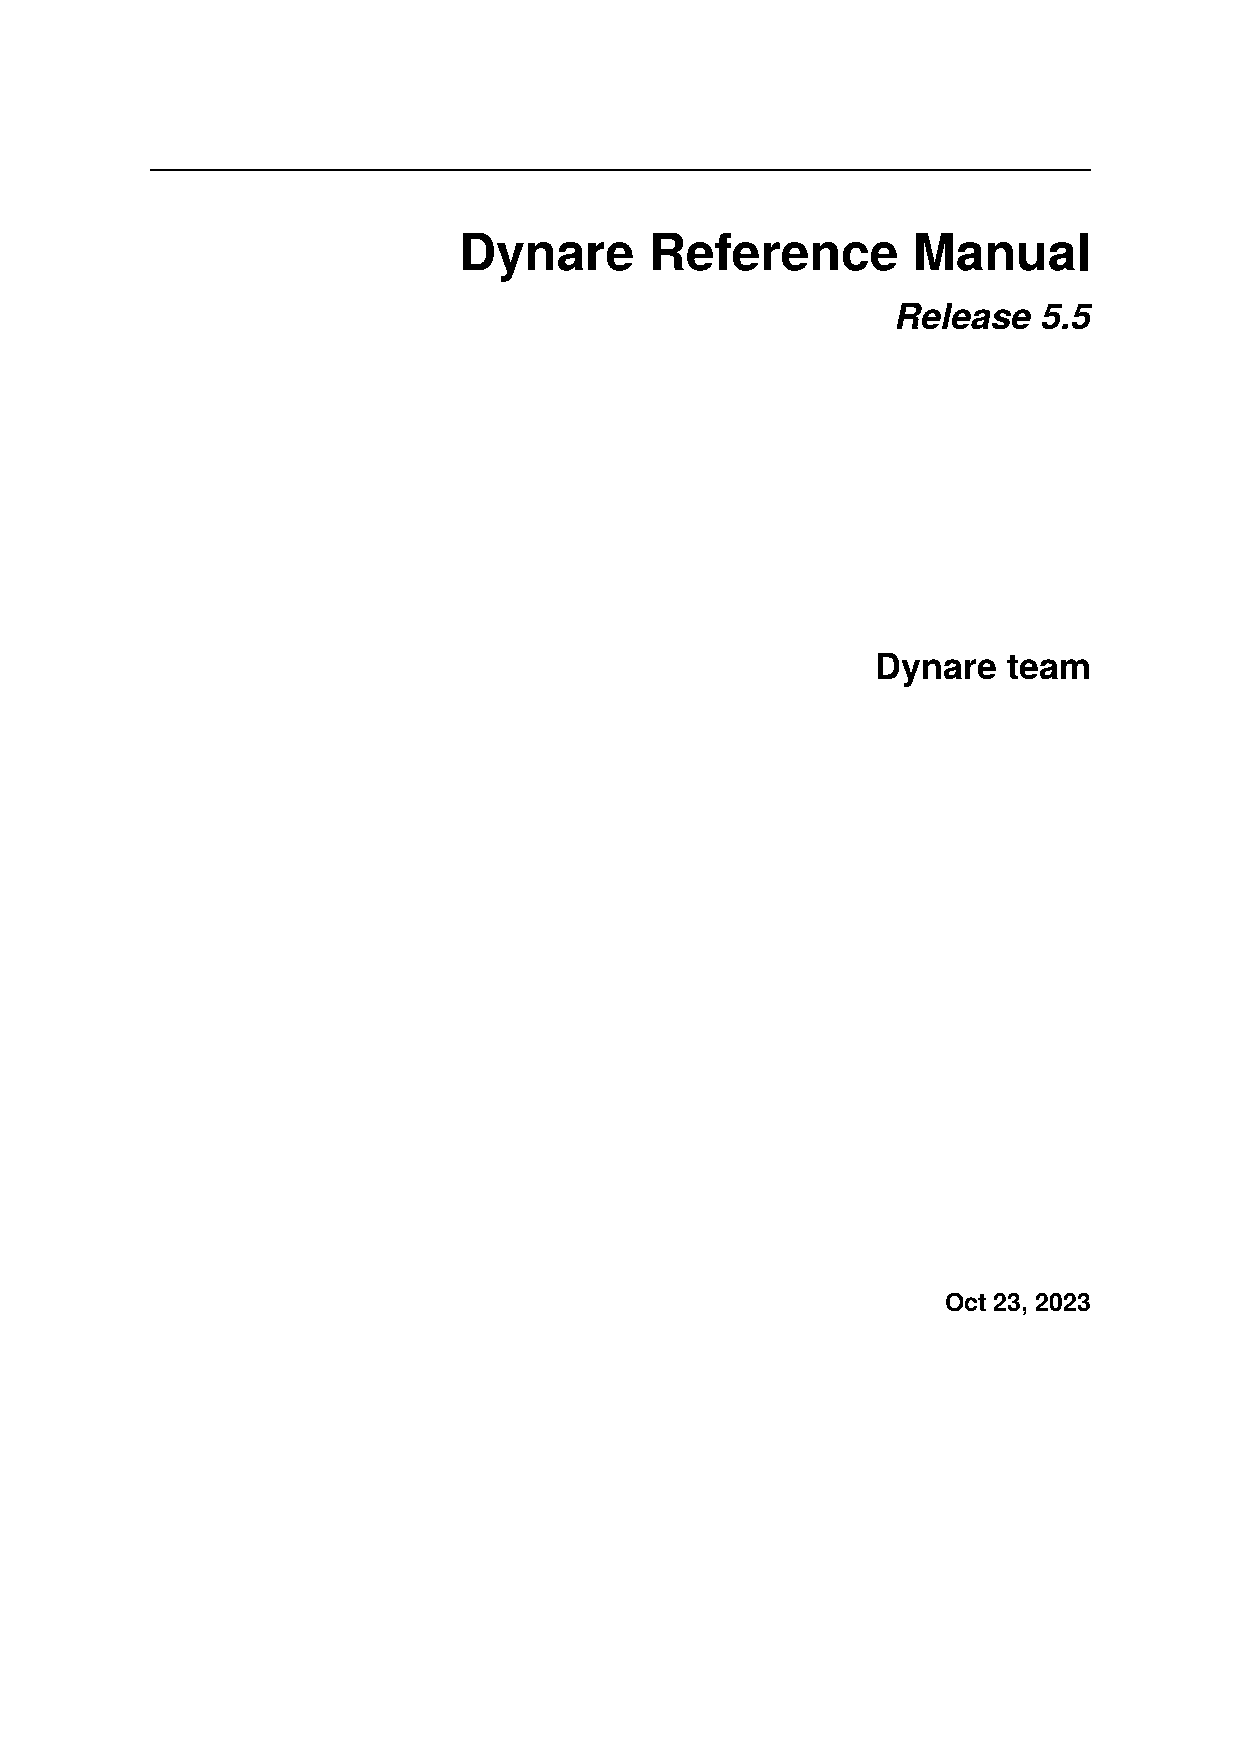
Dynare       Reference        Manual
 Release   5.5
 Dynare   team
 Oct 23, 2023